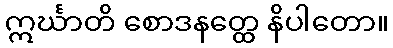
ဣင်္ဃာတိ စောဒနတ္ထေ နိပါတော။